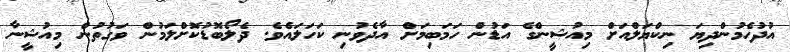
އުދުހެމުންދިޔަ ނިކްޔަލްއަށް މިއުޝީންގެ އަޑުން ހަމަބިމަށް އާދެވުނި ކަހަލައެވެ. ދެލޯބޮޑުކޮށްލަމުން ވަގުތުން މިއުޝީނާ